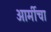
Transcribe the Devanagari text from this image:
आर्मीचा